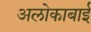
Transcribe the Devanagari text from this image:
अलोकाबाई